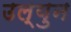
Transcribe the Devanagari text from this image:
उल्युन